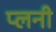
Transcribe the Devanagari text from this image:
प्लनी